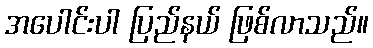
အပေါင်းပါ ပြည်နယ် ဖြစ်လာသည်။